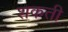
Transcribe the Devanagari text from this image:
शकती